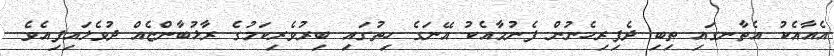
އެއާއެކު އެތާނގައި ތިބި ދެފިރިހެނުން ފެނުމާއެކު އޭނަގެ ހިތުގައި ބިރުވެރިކަމުގެ ރާޅުބާންޏެއް ދުވެލައިފިއެވެ.